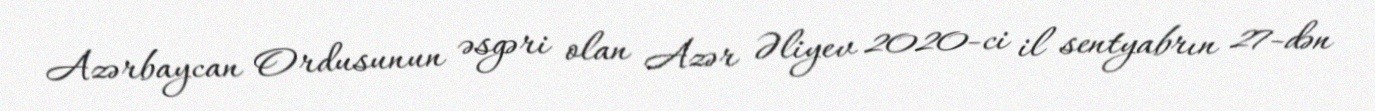
Azərbaycan Ordusunun əsgəri olan Azər Əliyev 2020-ci il sentyabrın 27-dən